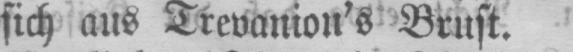
sich aus Trevanion’s Brust.